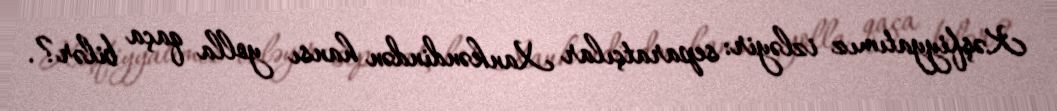
Kəşfiyyatımız izləyir: separatçılar Xankəndindən hansı yolla qaça bilər?.